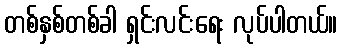
တစ်နှစ်တစ်ခါ ရှင်းလင်းရေး လုပ်ပါတယ်။